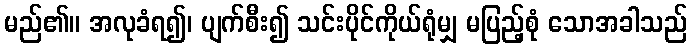
မည်၏။ အလုခံရ၍၊ ပျက်စီး၍ သင်းပိုင်ကိုယ်ရုံမျှ မပြည့်စုံ သောအခါသည်